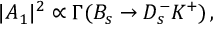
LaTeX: | A _ { 1 } | ^ { 2 } \propto \Gamma ( B _ { s } \to D _ { s } ^ { - } K ^ { + } ) \, ,